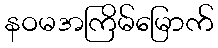
နဝမအကြိမ်မြောက်